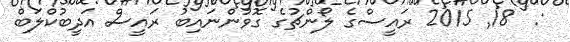
:  18